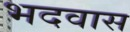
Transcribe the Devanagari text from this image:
भदवास